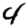
Digit: 4